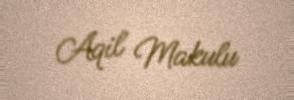
Aqil Makulu